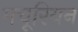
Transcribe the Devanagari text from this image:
मचूरियन